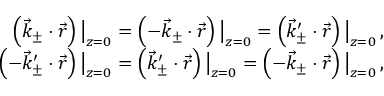
\begin{array} { r } { \left( \vec { k } _ { \pm } \cdot \vec { r } \right) \big | _ { z = 0 } = \left( - \vec { k } _ { \pm } \cdot \vec { r } \right) \big | _ { z = 0 } = \left( \vec { k } _ { \pm } ^ { \prime } \cdot \vec { r } \right) \big | _ { z = 0 } \, , } \\ { \left( - \vec { k } _ { \pm } ^ { \prime } \cdot \vec { r } \right) \big | _ { z = 0 } = \left( \vec { k } _ { \pm } ^ { \prime } \cdot \vec { r } \right) \big | _ { z = 0 } = \left( - \vec { k } _ { \pm } \cdot \vec { r } \right) \big | _ { z = 0 } \, , } \end{array}